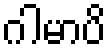
ဂါမာပိ